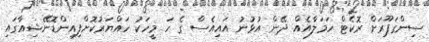
ސިންގަޕޫރަށް ރޮކެޓް ހަމަލާއެއް ދޭން އުޅުނު އައިއެސް ގެ ހަ މީހަކު ހައްޔަރުކޮށްފިއިންޑޮނޭޝިއާގައި